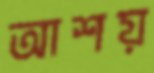
আশয়